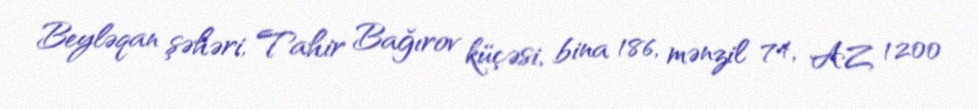
Beyləqan şəhəri, Tahir Bağırov küçəsi, bina 186, mənzil 74, AZ 1200